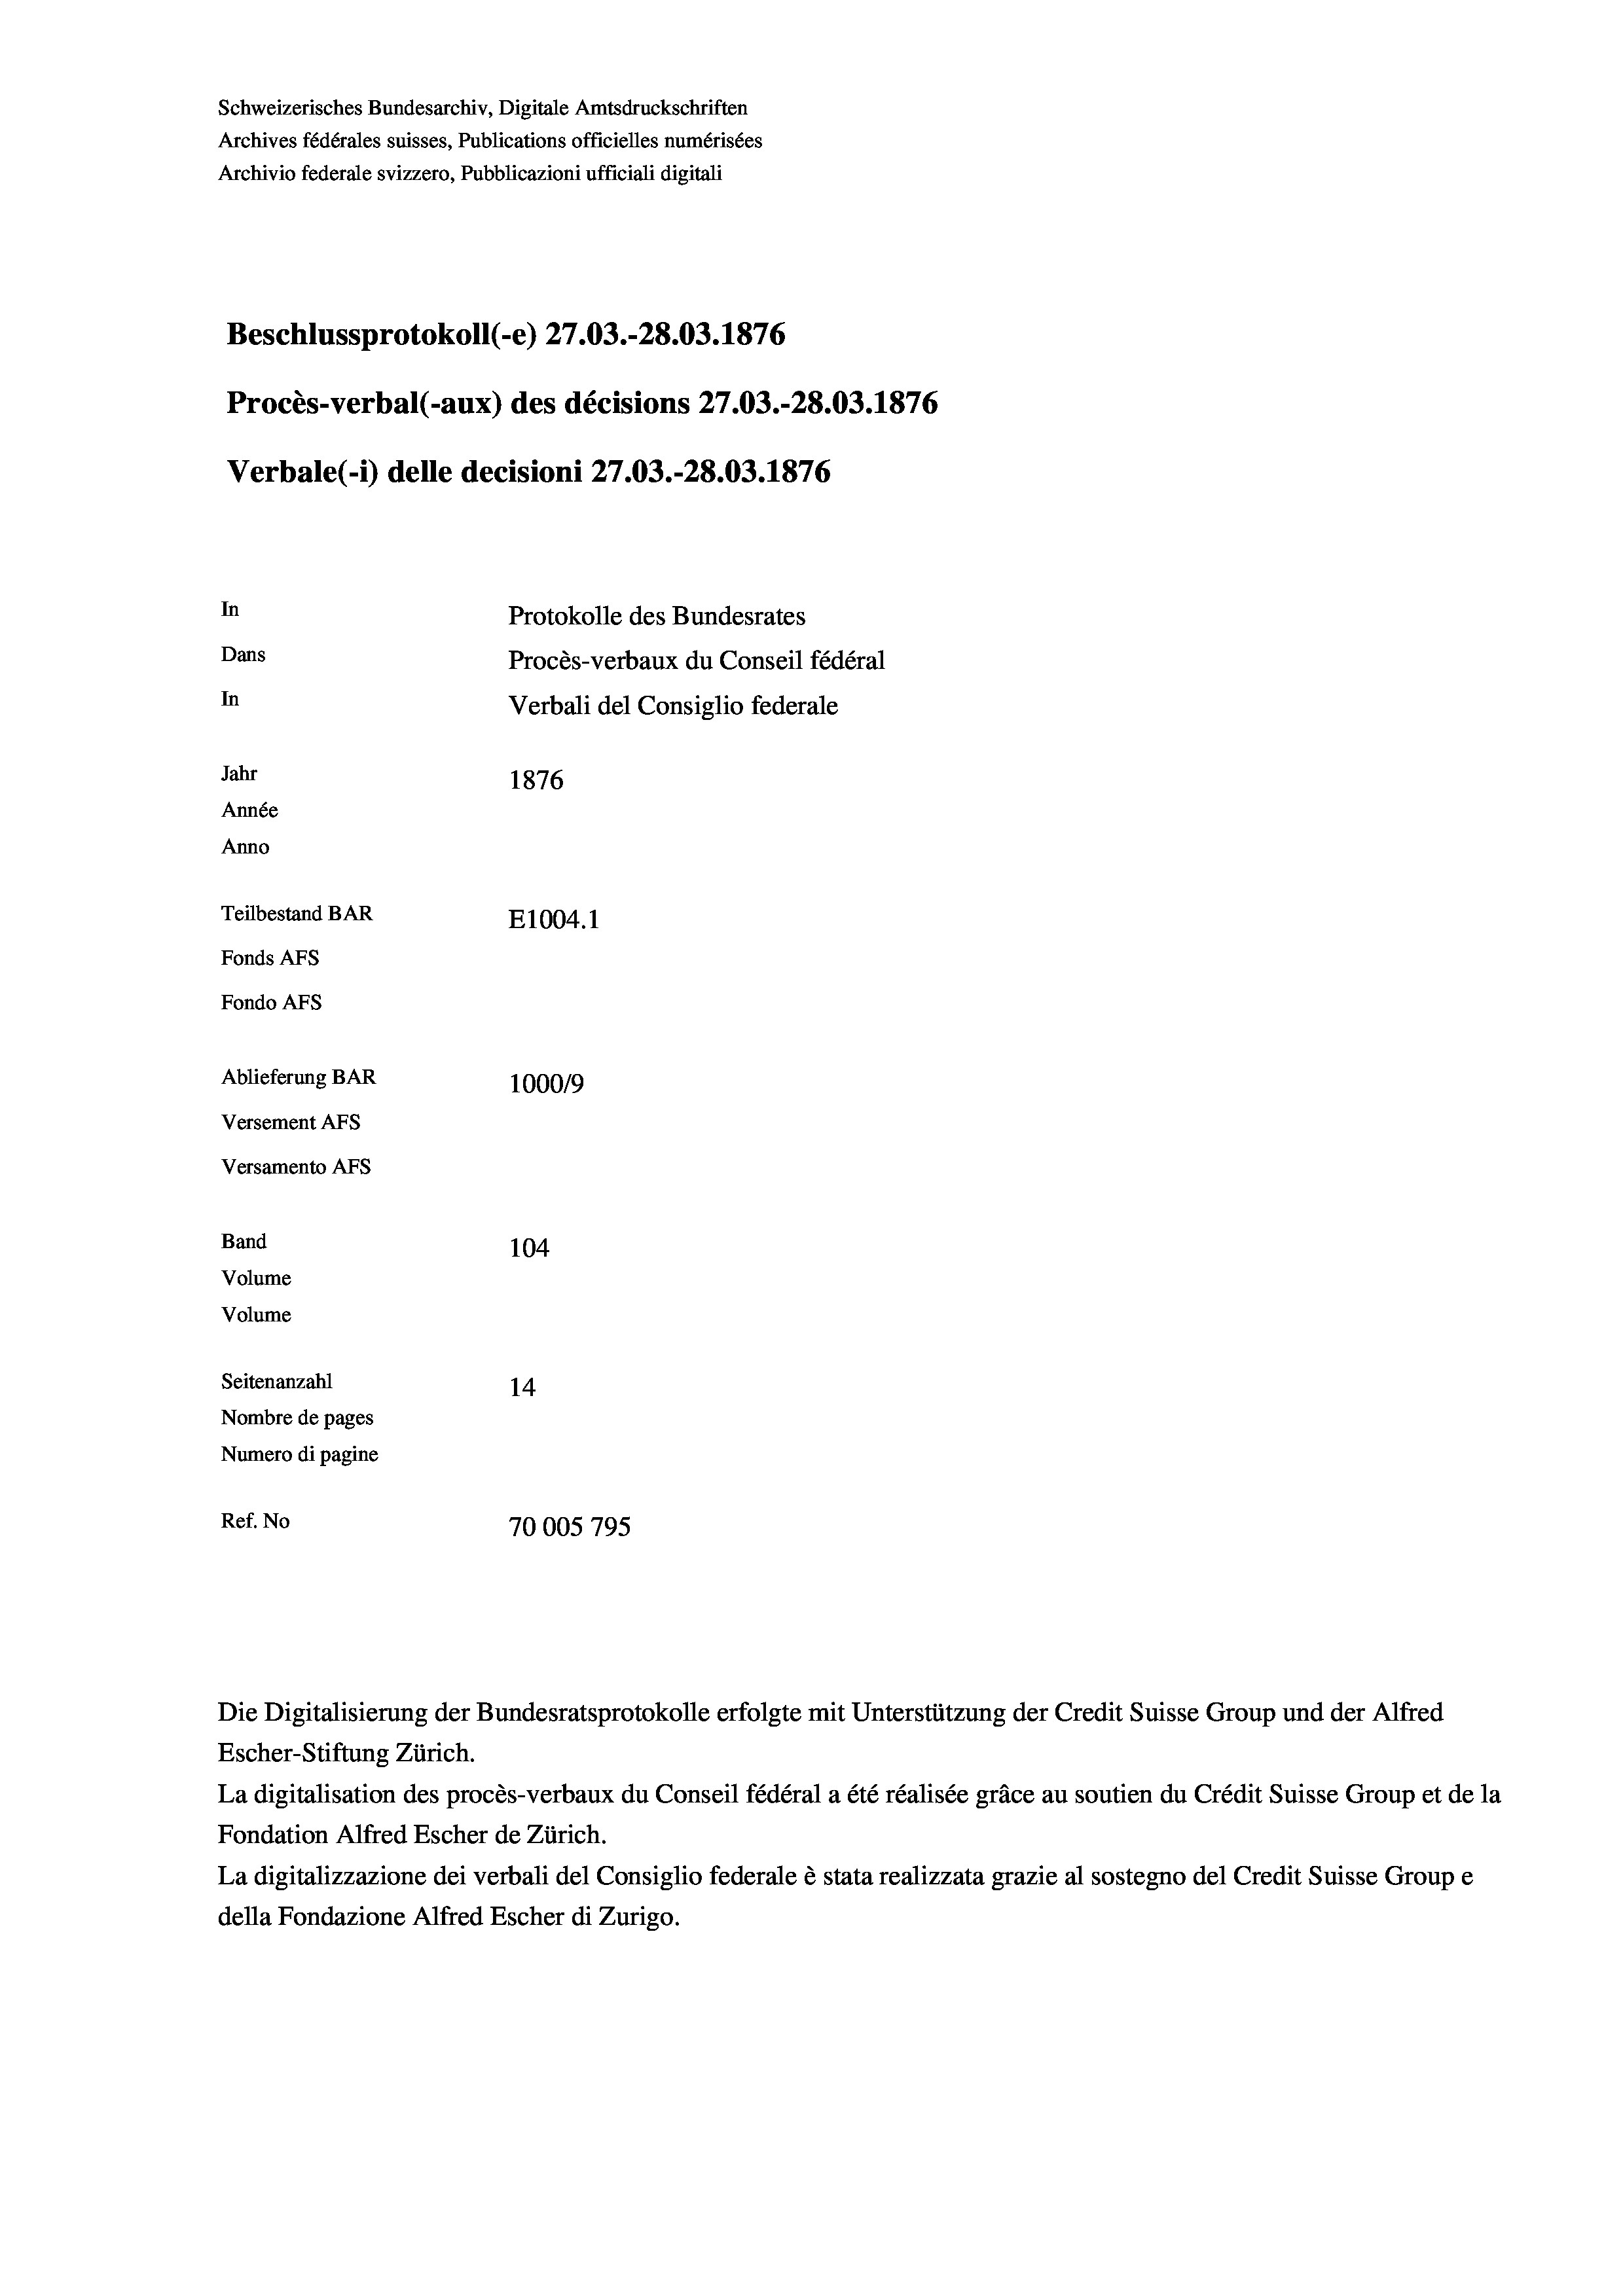
Schweizerisches Bundesarchiv, Digitale Amtsdruckschriften
Archives fédérales suisses, Publications officielles numérisées
Archivio federale svizzero, Pubblicazioni ufficiali digitali
Beschlussprotokoll (e) 27.03.-28.03. 1876
Procès-verbal (-aux) des décisions 27.03.-28.03. 1876
Verbale (- 1) delle decisioni 27.03.-28.03. 1876
In
Protokolle des Bundesrates
Dans
Procès-verbaux du Conseil fédéral
In
Verbali del Consiglio federale
Jahr
1876
Année
Anno
Teilbestand BAR
E1004.1
Fonds AFs
Fondo Afs
Ablieferung BAR
100019
Versement AFs
Versamento Afs
Band
104
Volume
Volume
Seitenanzahl
14
Nombre de pages
Numero di pagine
Ref. No
70005 795

Escher-Stiftung Zürich.
La digitalisation des procès-verbaux du Conseil fédéral a été réalisée gräce au soutien du Crédit Suisse Group et de la
Fondation Alfred Escher de Zürich.
La digitalizzazione dei verbali del Consiglio federale è stata realizzata grazie al sostegno del Credit Suisse Groupe
della Fondazione Alfred Escher di Zurigo.

Die Digitalisierung der Bundesratsprotokolle erfolgte mit Unterstützung der Credit Suisse Group und der Alfred